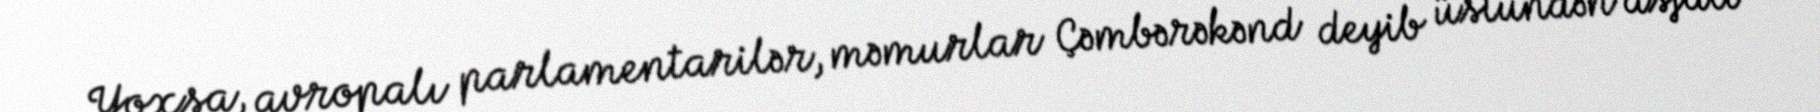
Yoxsa, avropalı parlamentarilər, məmurlar Çəmbərəkənd deyib üstündən asfalt